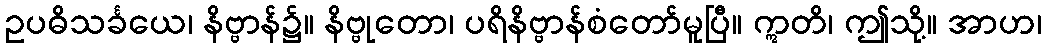
ဥပဓိသင်္ခယေ၊ နိဗ္ဗာန်၌။ နိဗ္ဗုတော၊ ပရိနိဗ္ဗာန်စံတော်မူပြီ။ ဣတိ၊ ဤသို့။ အာဟ၊